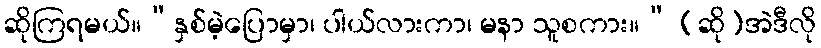
ဆိုကြရမယ်။“နှစ်မဲ့ပြောမှာ၊ ပါယ်လားကာ၊ မနာ သူစကား။” (ဆို)အဲဒီလို